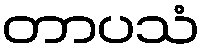
တာပသံ